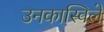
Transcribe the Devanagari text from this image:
उनकास्विले